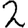
Digit: 2